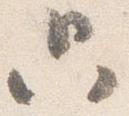
只